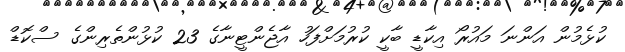
ކުޅެމުން އަންނަ މައުރޯ އިކާޑީ ބާކީ ކުރުމަށްފަހު އާޖެންޓީނާގެ 23 ކުޅުންތެރިންގެ ސްކޮޑް